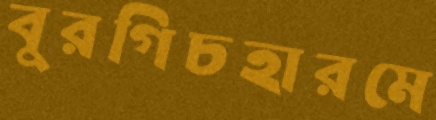
বুরগিচহারমে